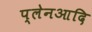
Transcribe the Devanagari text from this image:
प्लेनआदि